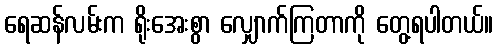
ရေဆန်လမ်းက ရိုးအေးစွာ လျှောက်ကြတာကို တွေ့ရပါတယ်။